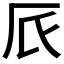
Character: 𠨸